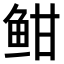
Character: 𫠐